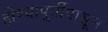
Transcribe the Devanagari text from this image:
होण्यापूर्वीपासून